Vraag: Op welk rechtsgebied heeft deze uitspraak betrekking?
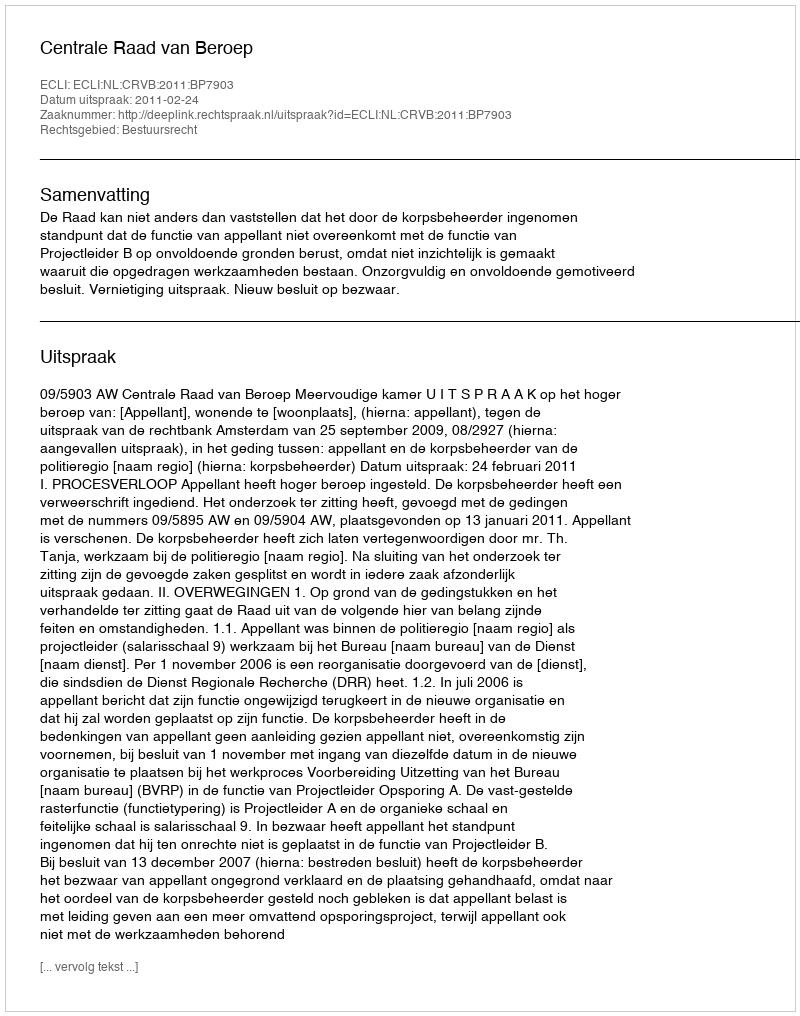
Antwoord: Bestuursrecht